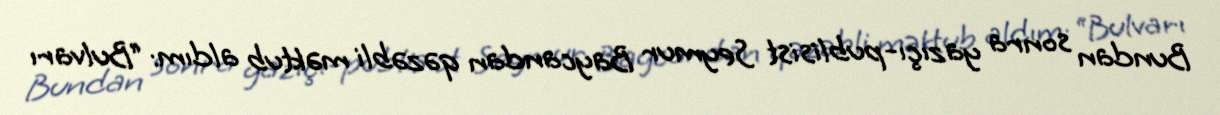
Bundan sonra yazıçı-publisist Seymur Baycandan qəzəbli məktub aldım: “Bulvarı